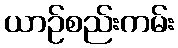
ယာဉ်စည်းကမ်း